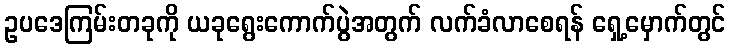
ဥပဒေကြမ်းတခုကို ယခုရွေးကောက်ပွဲအတွက် လက်ခံလာစေရန် ရှေ့မှောက်တွင်